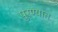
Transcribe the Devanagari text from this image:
पुरण्यात